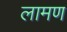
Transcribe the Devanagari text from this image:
लामण